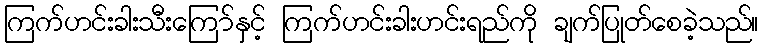
ကြက်ဟင်းခါးသီးကြော်နှင့် ကြက်ဟင်းခါးဟင်းရည်ကို ချက်ပြုတ်စေခဲ့သည်။